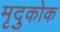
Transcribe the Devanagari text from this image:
मृदुकोक